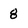
Character: 8